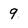
Character: 9